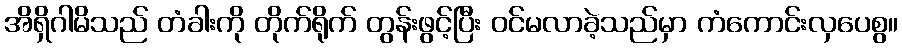
အိရှိဂါမိသည် တံခါးကို တိုက်ရိုက် တွန်းဖွင့်ပြီး ဝင်မလာခဲ့သည်မှာ ကံကောင်းလှပေစွ။